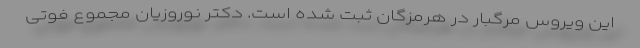
این ویروس مرگبار در هرمزگان ثبت شده است. دکتر نوروزیان مجموع فوتی